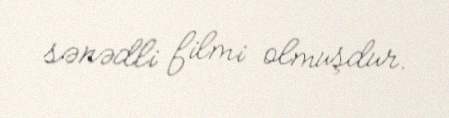
sənədli filmi olmuşdur.